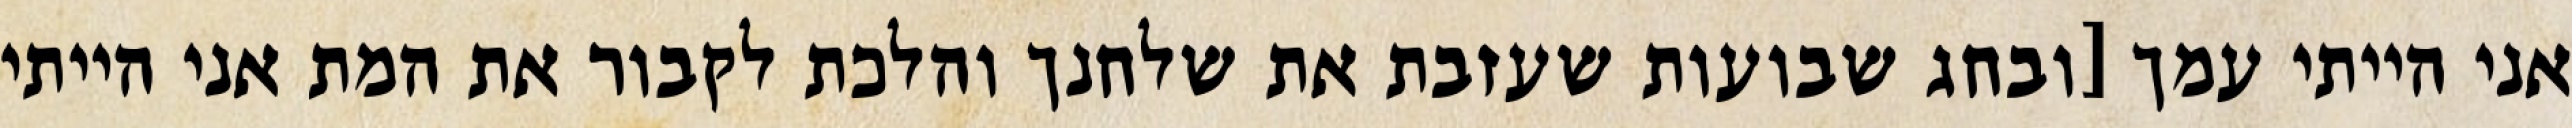
אני הייתי עמך [ובחג שבועות שעזבת את שלחנך והלכת לקבור את המת אני הייתי